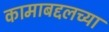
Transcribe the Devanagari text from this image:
कामाबद्दलच्या